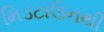
મિડટાઉનથી